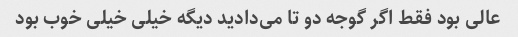
عالی بود فقط اگر گوجه دو تا می‌دادید دیگه خیلی خیلی خوب بود